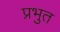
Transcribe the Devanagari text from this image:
प्रभुत